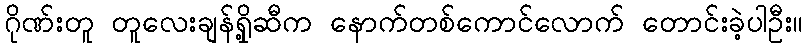
ဂိုဏ်းတူ တူလေးချန်ရှို့ဆီက နောက်တစ်ကောင်လောက် တောင်းခဲ့ပါဦး။